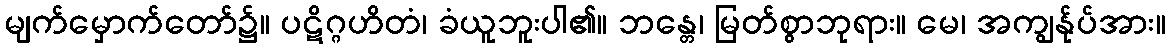
မျက်မှောက်တော်၌။ ပဋိဂ္ဂဟိတံ၊ ခံယူဘူးပါ၏။ ဘန္တေ၊ မြတ်စွာဘုရား။ မေ၊ အကျွန်ုပ်အား။